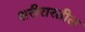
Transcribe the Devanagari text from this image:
शरीरारतील